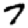
Digit: 7